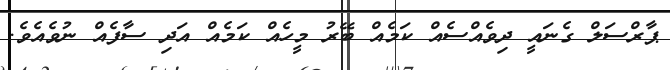
ޕާރްސަލް ގެނައީ ދިވެއްސެއް ކަމެއް ބޭރު މީހެއް ކަމެއް އަދި ސާފެއް ނުވެއެވެ.